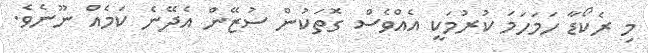
މި ރެކޯޑާ ހަމަހަމަ ކުރުމަކީ އެއްވެސް ގޮތަކުން ސުޒޭން އެދޭނެ ކަމެއް ނޫނެވެ.